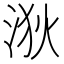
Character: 𪶆